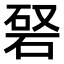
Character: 𥓆